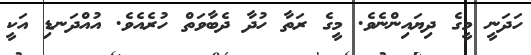
ހަދަނީ މީގެ ދިޔައިންނެވެ. މީގެ ރަތާ ހުދާ ދެބާވަތް ހުރެއެވެ. އުއްދަނޑި އަކީ